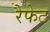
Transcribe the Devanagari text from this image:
रैफेट